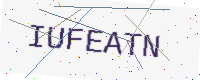
Text: IUFEATN